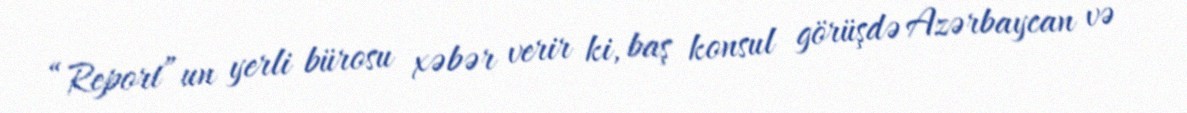
“Report”un yerli bürosu xəbər verir ki, baş konsul görüşdə Azərbaycan və